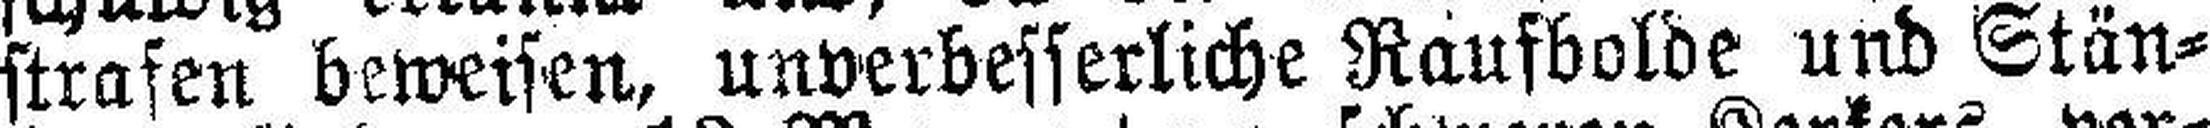
strafen beweisen, unverbesserliche Raufbolde und Stän¬